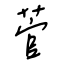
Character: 菅